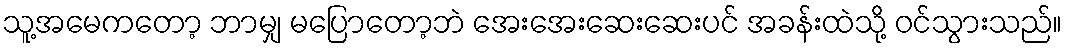
သူ့အမေကတော့ ဘာမျှ မပြောတော့ဘဲ အေးအေးဆေးဆေးပင် အခန်းထဲသို့ ဝင်သွားသည်။